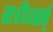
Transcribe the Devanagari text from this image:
शोर्त्स्